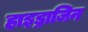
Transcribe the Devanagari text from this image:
हाइड्राजिन